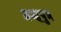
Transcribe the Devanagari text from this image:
ब्रम्हपुत्र